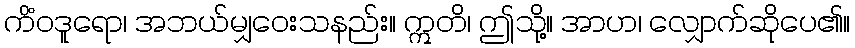
ကိံဝဒူရော၊ အဘယ်မျှဝေးသနည်း။ ဣတိ၊ ဤသို့။ အာဟ၊ လျှောက်ဆိုပေ၏။